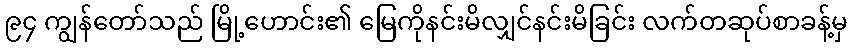
၉၄ ကျွန်တော်သည် မြို့ဟောင်း၏ မြေကိုနင်းမိလျှင်နင်းမိခြင်း လက်တဆုပ်စာခန့်မှ